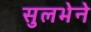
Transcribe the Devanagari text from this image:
सुलभेने